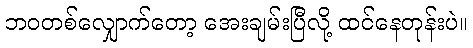
ဘဝတစ်လျှောက်တော့ အေးချမ်းပြီလို့ ထင်နေတုန်းပဲ။